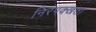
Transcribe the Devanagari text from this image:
निरपक्खता